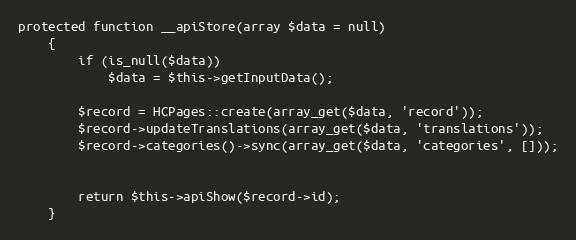
Language: PHP
protected function __apiStore(array $data = null)
    {
        if (is_null($data))
            $data = $this->getInputData();

        $record = HCPages::create(array_get($data, 'record'));
        $record->updateTranslations(array_get($data, 'translations'));
        $record->categories()->sync(array_get($data, 'categories', []));

        return $this->apiShow($record->id);
    }